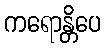
ကရောန္တိပေ